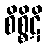
စိစ္စိဋိ